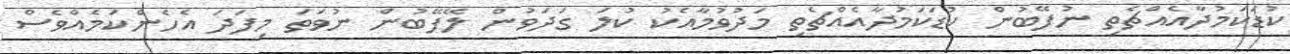
ކުޑަކަމުދާއެއްޗެތި ނުފޭބުން ކުޑަކަމުދާއެއްޗެތި މަދުވުމާއެކު ކުލަ ގަދަވުން ލޭފޭބުން ނުވަތަ މިފަދަ އެހެންކަމެއްވެސް